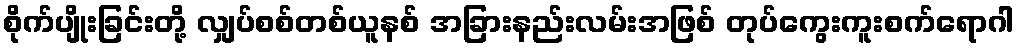
စိုက်ပျိုးခြင်းတို့ လျှပ်စစ်တစ်ယူနစ် အခြားနည်းလမ်းအဖြစ် တုပ်ကွေးကူးစက်ရောဂါ